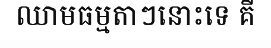
ឈាមធម្មតាៗនោះទេ គឺ